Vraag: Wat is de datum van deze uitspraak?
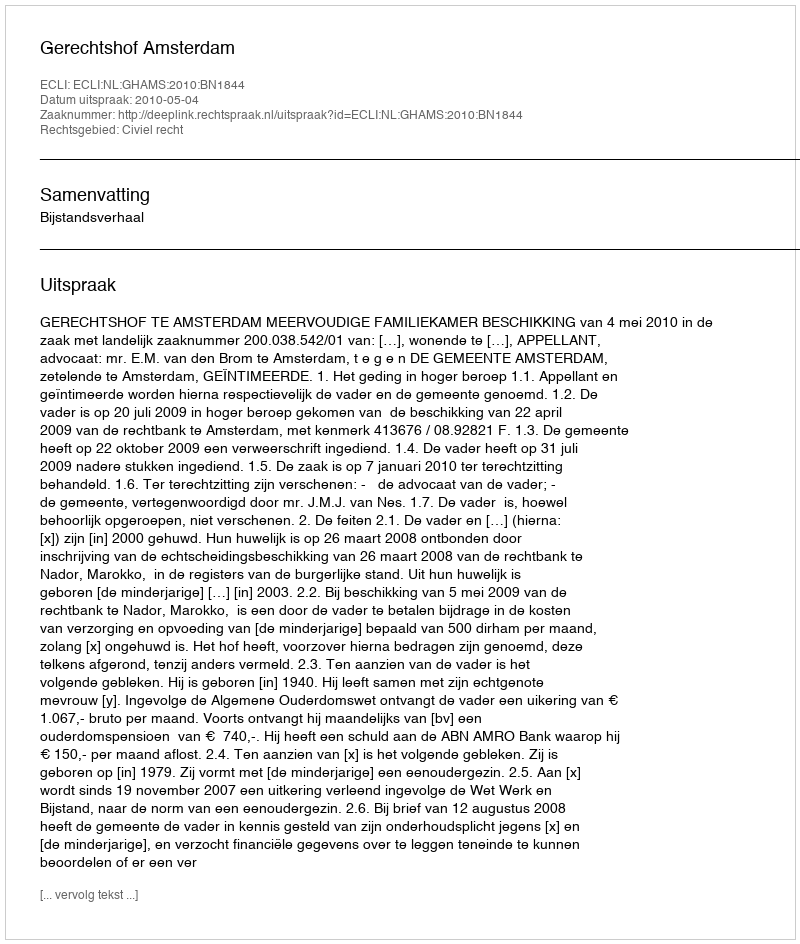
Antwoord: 2010-05-04